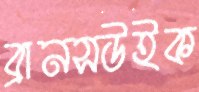
ব্রানসউইক